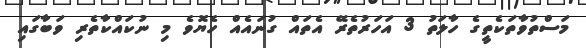
މަސްތުވާތަކެތީގެ ހާލަތު 3 އަހަރުތެރޭ އެތައް ގުނައެއް ހެޔޮވެ މި ނުކައްކާތެރި ވަބާގައި